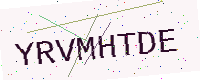
Text: YRVMHTDE